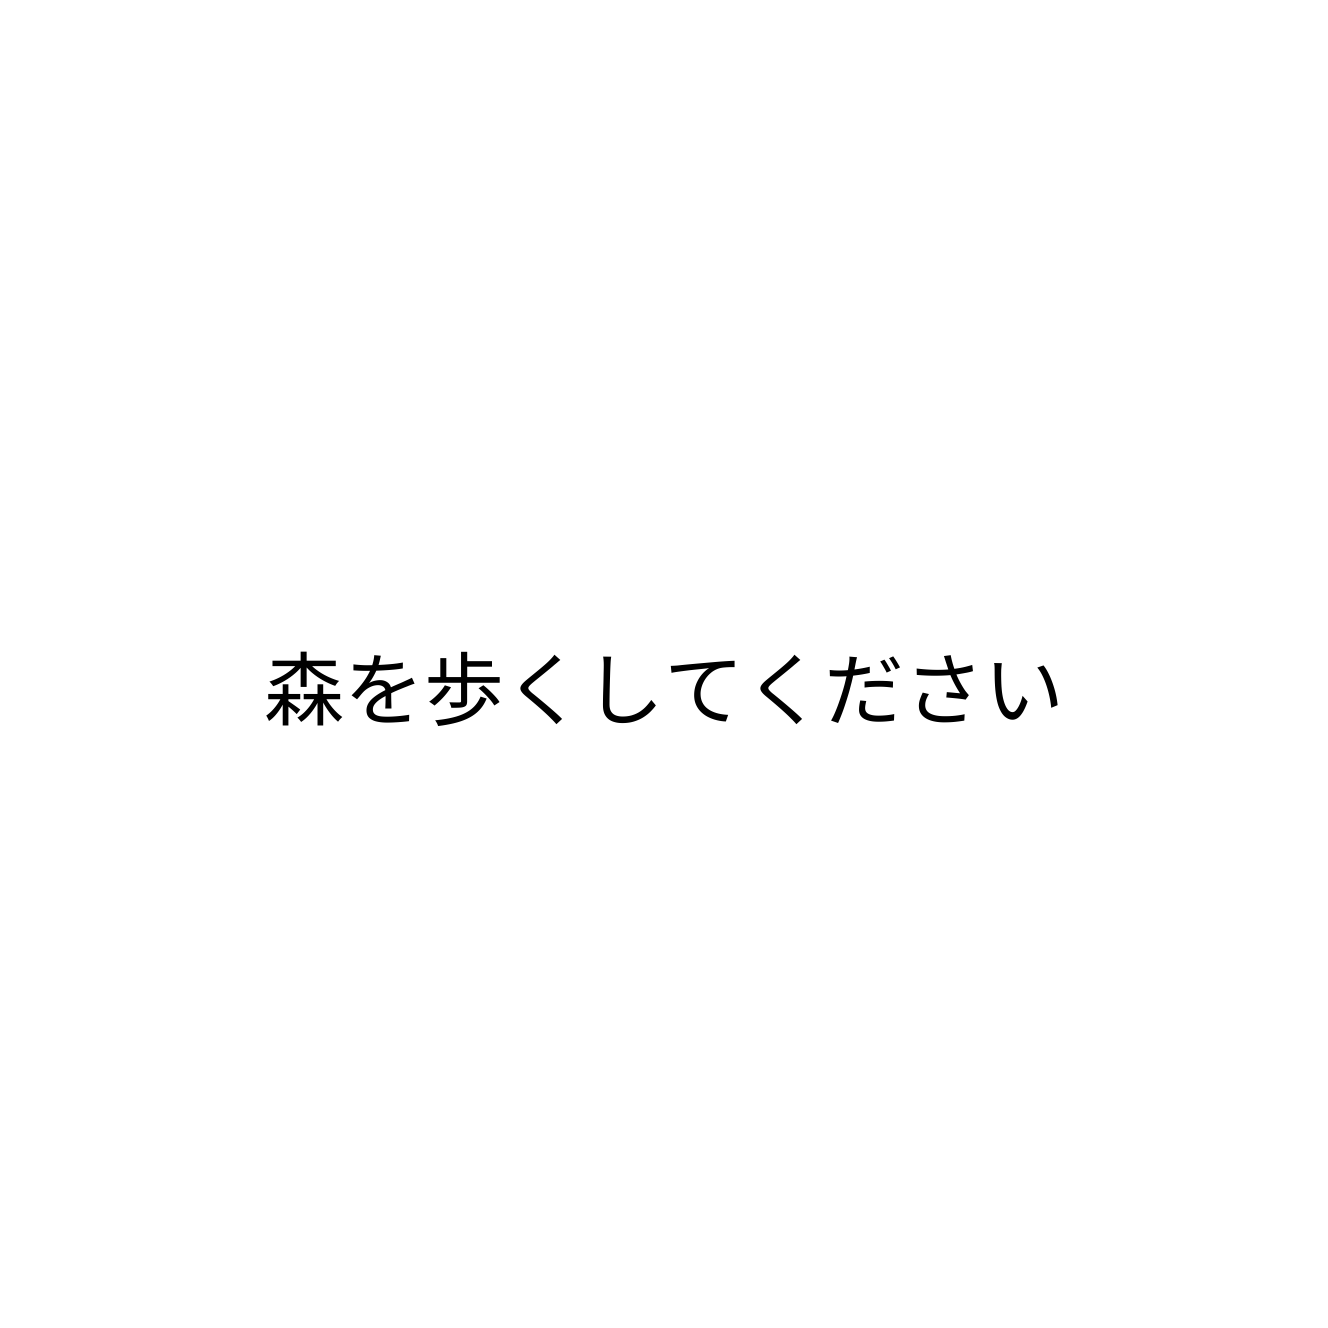
森を歩くしてください